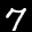
Label: 7